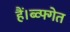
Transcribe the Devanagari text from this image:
हैं।ब्व्फ्गेत